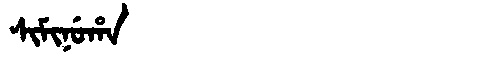
Manchu: ᠰᡳᠮᡳᠨᡠᡥᠠ
Romanization: SIMINUHA